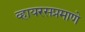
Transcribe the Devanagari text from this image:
व्हायरसप्रमाणे